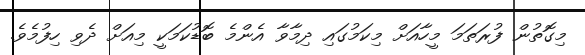
މިގޮތުން ފުރަތަމަ މީހާއަށް މިކަމުގައި ދިމާވާ އެންމެ ބޮޑުކަމަކީ މިއަށް ދެވި ހިފުމެވެ.